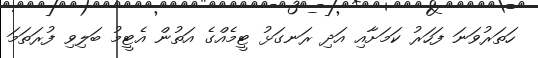
ހަތަރުވަނަ ފަހަރު ކަމަށާއި އަދި ރަނގަޅު ޓީމެއްގެ އަތުން އެޓީމު ބަލިވި ފުރަތަމަ